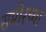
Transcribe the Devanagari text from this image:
समीरच्या